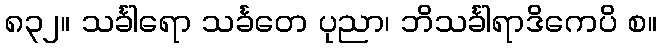
၈၃၂။ သင်္ခါရော သင်္ခတေ ပုညာ၊ ဘိသင်္ခါရာဒိကေပိ စ။